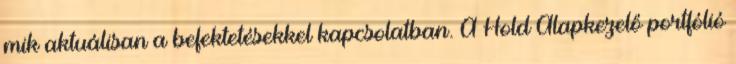
mik aktuálisan a befektetésekkel kapcsolatban. A Hold Alapkezelő portfólió